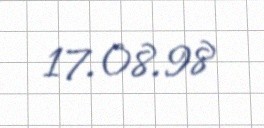
17.08.98